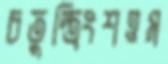
চতুস্ত্রিংশত্তম